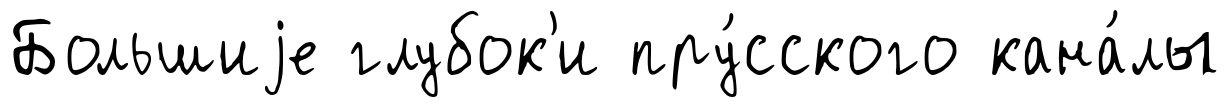
Большиjе глубок'и пру́сского кана́лы